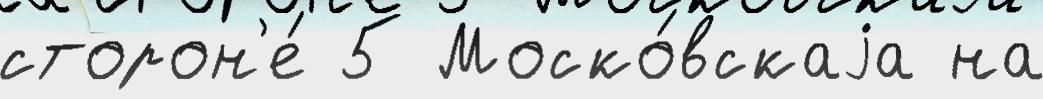
сторон'е́ 5 Моско́вскаjа на